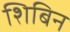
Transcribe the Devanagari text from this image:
शिबिन